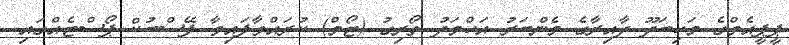
ޕީޕީއެމްގެ މަހިބަދޫ ދާއިރާގެ މެންބަރު އަހްމަދު ތޯރިގު (ޓޯމް) ކުރައްވާފައިވާ ފޭސްބުކް ޕޯސްޓެއްގައި